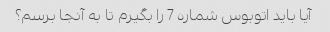
آیا باید اتوبوس شماره 7 را بگیرم تا به آنجا برسم؟